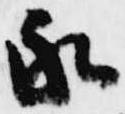
永